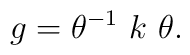
g = \theta ^{-1} ~k ~\theta.